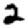
Digit: 2